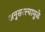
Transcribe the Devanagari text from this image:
अनुसरल्यामुळे